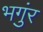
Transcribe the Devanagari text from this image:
भगुंर